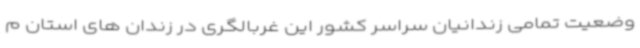
وضعیت تمامی زندانیان سراسر کشور این غربالگری در زندان های استان م